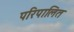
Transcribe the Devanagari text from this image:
परिपालित